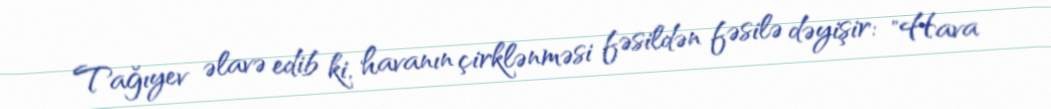
Tağıyev əlavə edib ki, havanın çirklənməsi fəsildən fəsilə dəyişir: "Hava